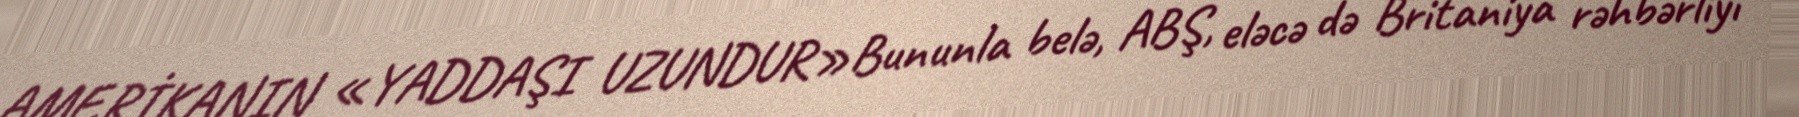
AMERİKANIN «YADDAŞI UZUNDUR»Bununla belə, ABŞ, eləcə də Britaniya rəhbərliyi